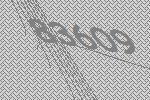
83609